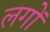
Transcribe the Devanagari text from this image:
लगों